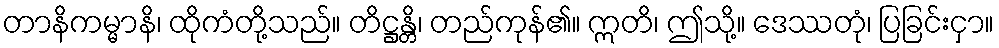
တာနိကမ္မာနိ၊ ထိုကံတို့သည်။ တိဋ္ဌန္တိ၊ တည်ကုန်၏။ ဣတိ၊ ဤသို့။ ဒေဿတုံ၊ ပြခြင်းငှာ။